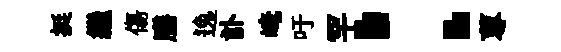
挺繼傷膳逸訃崦吁罕：蓴